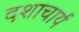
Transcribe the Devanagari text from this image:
दशाचार्य